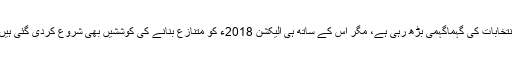
انتخابات کی گہماگہمی بڑھ رہی ہے، مگر اس کے ساتھ ہی الیکشن 2018ء کو متنازع بنانے کی کوششیں بھی شروع کردی گئی ہیں۔